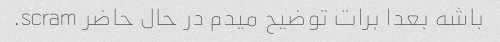
باشه بعدا برات توضیح میدم در حال حاضر scram.